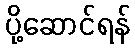
ပို့ဆောင်ရန်